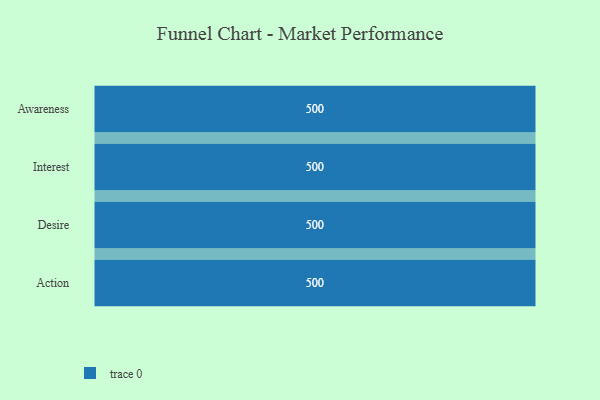
{"axis": {"x": "Stage", "y": "Value"}, "legend": [""], "data": [{"x": "Awareness", "y": 500, "type": ""}, {"x": "Interest", "y": 500, "type": ""}, {"x": "Desire", "y": 500, "type": ""}, {"x": "Action", "y": 500, "type": ""}]}